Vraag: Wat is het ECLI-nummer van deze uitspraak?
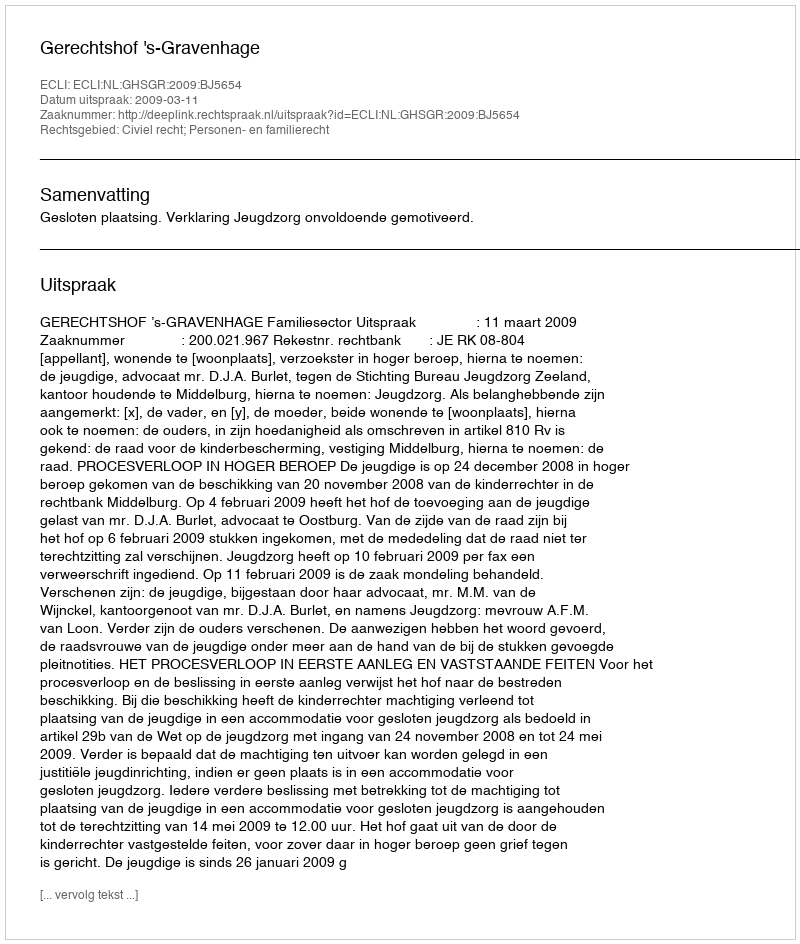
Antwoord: ECLI:NL:GHSGR:2009:BJ5654